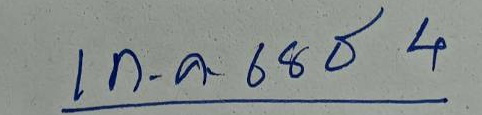
1 ก.ค. 68 ธ 4